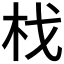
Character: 𣏾